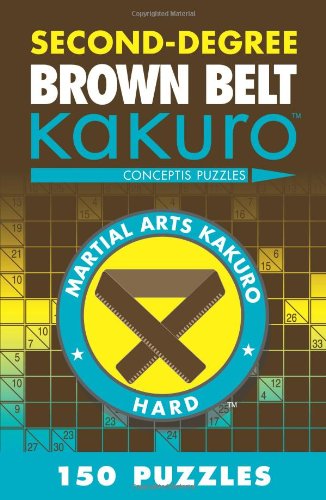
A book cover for Second-Degree Brown Belt Kakuro (Martial Arts Puzzles Series); Conceptis Puzzles; Humor & Entertainment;